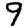
Digit: 9